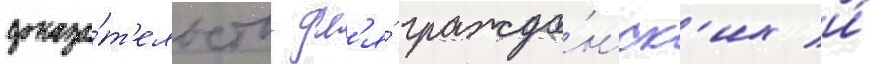
доказа́т'ельств дл'я́ гражда́нск'их и́